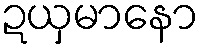
ဍယှမာနော